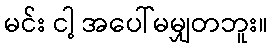
မင်း ငါ့ အပေါ်မမျှတဘူး။